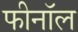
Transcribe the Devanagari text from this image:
फीनॉल